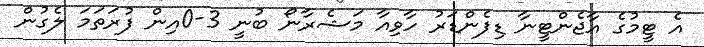
އެ ޓީމުގެ އާޖެންޓީނާ ޑިފެންޑަރު ހާވިއާ މަޝެރާނޯ ބުނީ 3-0އިން ފުރަތަމަ ލެގުން